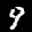
Label: 9